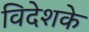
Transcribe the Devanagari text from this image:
विदेशके